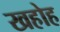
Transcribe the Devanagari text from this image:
खहोह